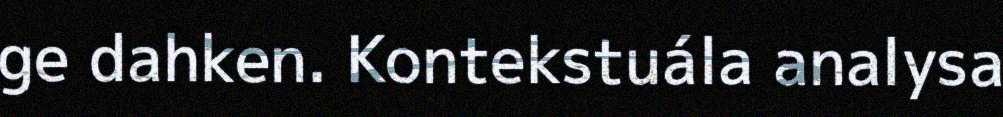
ge dahken. Kontekstuála analysa